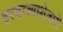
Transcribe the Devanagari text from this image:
दरवाज्याशेजारी